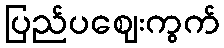
ပြည်ပဈေးကွက်